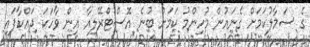
ގެ ސަމާލުކަމަށް ގެނައުން މުހިންމު ކަމަށް ބުނެ އޮސްޓްރޭލިއާ އިން ވާހަކަ ދައްކާފައި